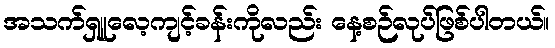
အသက်ရှူလေ့ကျင့်ခန်းကိုလည်း နေ့စဉ်လုပ်ဖြစ်ပါတယ်။